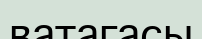
ватагасы